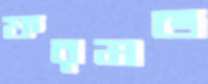
ফরমড